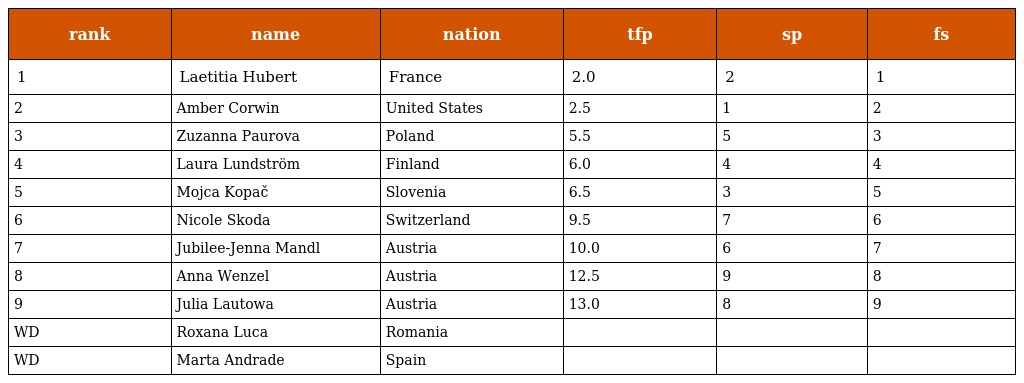
| rank | name | nation | tfp | sp | fs |
 | --- | --- | --- | --- | --- | --- |
 | 1 | Laetitia Hubert | France | 2.0 | 2 | 1 |
 | 2 | Amber Corwin | United States | 2.5 | 1 | 2 |
 | 3 | Zuzanna Paurova | Poland | 5.5 | 5 | 3 |
 | 4 | Laura Lundström | Finland | 6.0 | 4 | 4 |
 | 5 | Mojca Kopač | Slovenia | 6.5 | 3 | 5 |
 | 6 | Nicole Skoda | Switzerland | 9.5 | 7 | 6 |
 | 7 | Jubilee-Jenna Mandl | Austria | 10.0 | 6 | 7 |
 | 8 | Anna Wenzel | Austria | 12.5 | 9 | 8 |
 | 9 | Julia Lautowa | Austria | 13.0 | 8 | 9 |
 | WD | Roxana Luca | Romania |  |  |  |
 | WD | Marta Andrade | Spain |  |  |  |